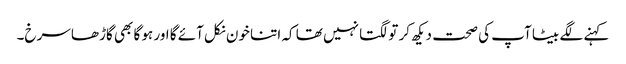
کہنے لگے بیٹا آپ کی صحت دیکھ کر تو لگتا نہیں تھا کہ اتنا خون نکل آئے گا اور ہو گا بھی گاڑھا سرخ۔